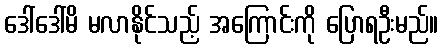
ဒေါ်ဒေါ်မိ မလာနိုင်သည့် အကြောင်းကို ပြောရဦးမည်။